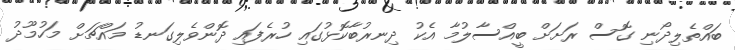
ބައްތެލިދޯނި ގޮސް ރަށަށް ބީއްސާލުމާ އެކު ދިނރުބާކޮޅުގައި ހުރެފައި ދޮންވެލިގަނޑު މައްޗަށް މަހުމޫދު